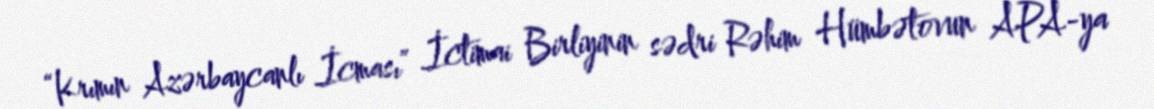
“Krımın Azərbaycanlı İcması” İctimai Birliyinin sədri Rəhim Hümbətovun APA-ya